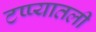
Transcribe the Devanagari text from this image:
टप्प्यातली